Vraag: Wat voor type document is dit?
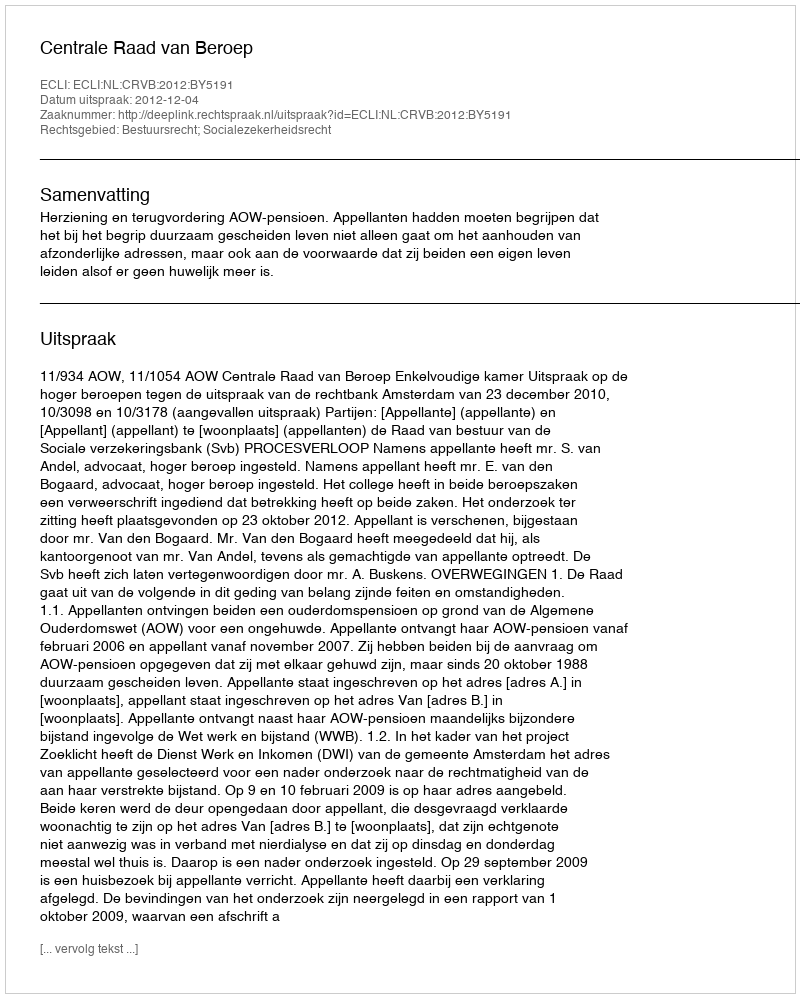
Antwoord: Uitspraak